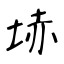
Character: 𡋽